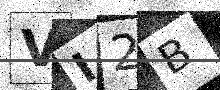
Text: VI2B